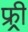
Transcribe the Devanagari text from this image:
फ्र्र्र्री